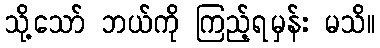
သို့သော် ဘယ်ကို ကြည့်ရမှန်း မသိ။